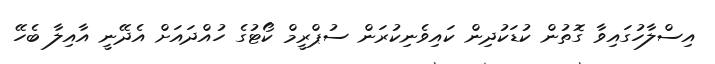
އިސްލާހުގައިވާ ގޮތުން ކުޑަކުދިން ކައިވެނިކުރަން ސުޕްރީމް ކޯޓުގެ ހުއްދައަށް އެދޭނީ އާއިލާ ބެހޭ